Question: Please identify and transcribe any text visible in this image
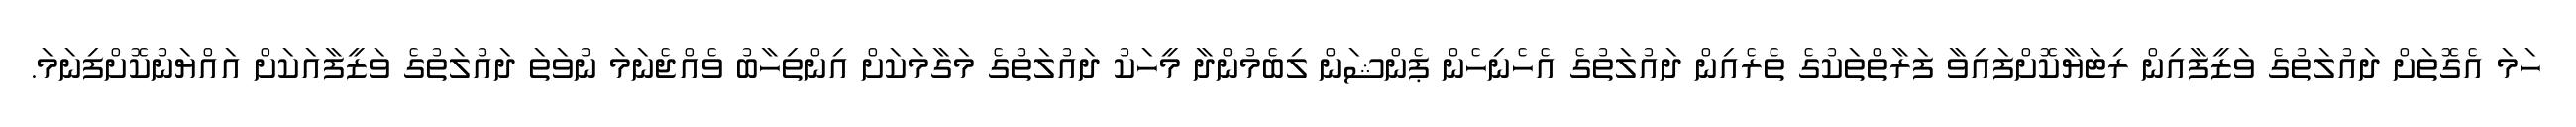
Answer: ހަމަ އެގޮތަށް ދައުލަތުގެ ވަޒީފާއިން ރިޓަޔާކޮށްފައިވާ ފަރާތްތަކުގެ ތެރެއިން ދައުލަތުގެ އެހެނިހެން ޕެންޝަން ލިބެމުންދާ މީހަކު ދައުލަތުގެ މަގާމަކަށް އިންތިހާބު ވެއްޖެނަމަ ނުވަތަ ދައުލަތުގެ ވަޒީފާއަކަށް އައްޔަނުކޮށްފިނަމަ.